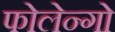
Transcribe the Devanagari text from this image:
फोलेन्गो